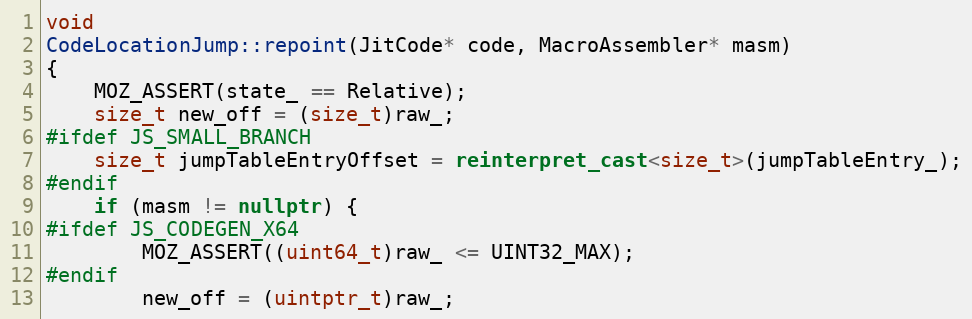
Language: C++
void
CodeLocationJump::repoint(JitCode* code, MacroAssembler* masm)
{
    MOZ_ASSERT(state_ == Relative);
    size_t new_off = (size_t)raw_;
#ifdef JS_SMALL_BRANCH
    size_t jumpTableEntryOffset = reinterpret_cast<size_t>(jumpTableEntry_);
#endif
    if (masm != nullptr) {
#ifdef JS_CODEGEN_X64
        MOZ_ASSERT((uint64_t)raw_ <= UINT32_MAX);
#endif
        new_off = (uintptr_t)raw_;